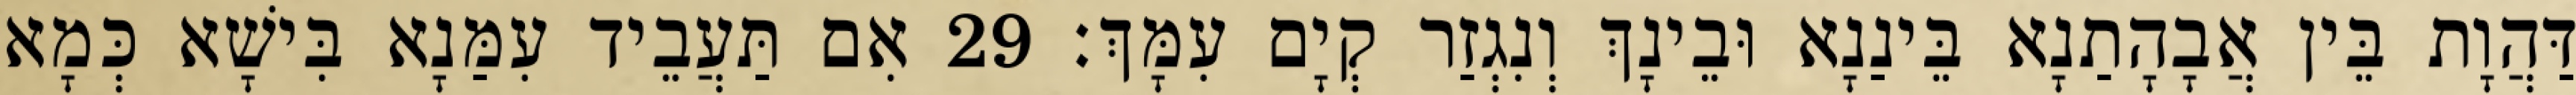
דַּהֲוָת בֵּין אֲבָהָתַנָא בֵּינַנָא וּבֵינָךְ וְנִגְזַר קְיָם עִמָּךְ׃ 29 אִם תַּעֲבֵיד עִמַּנָא בִּישָׁא כְּמָא